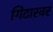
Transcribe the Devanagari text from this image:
गिटारवर